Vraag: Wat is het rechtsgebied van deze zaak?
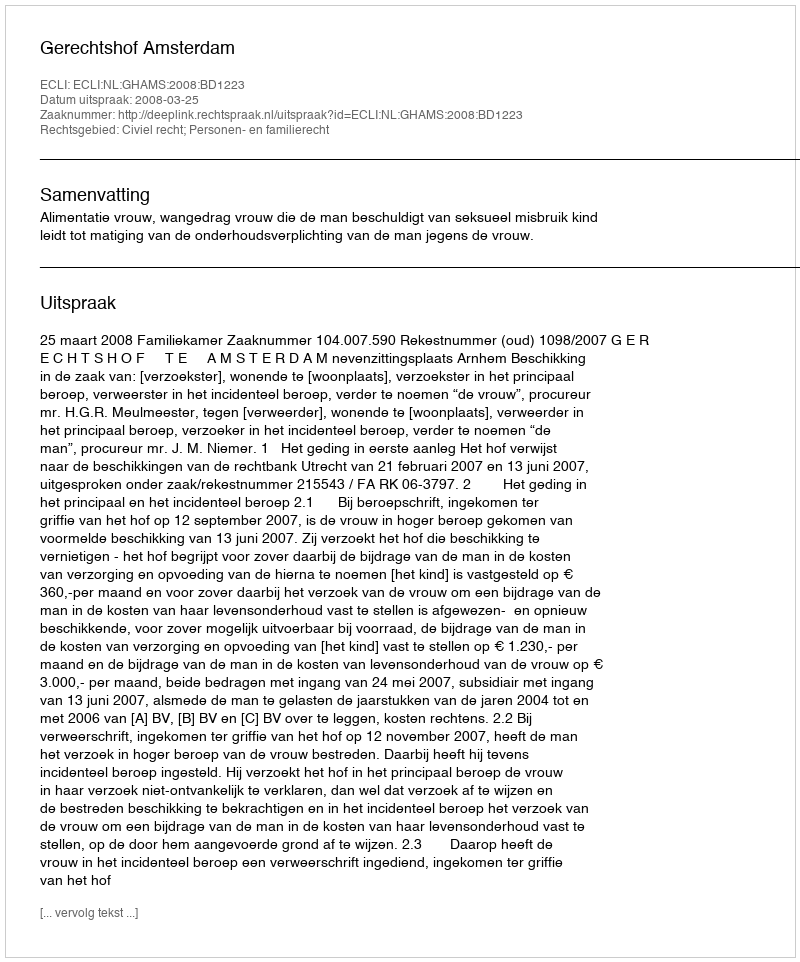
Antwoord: Civiel recht; Personen- en familierecht